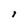
Character: I